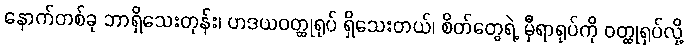
နောက်တစ်ခု ဘာရှိသေးတုန်း၊ ဟဒယဝတ္ထုရုပ် ရှိသေးတယ်၊ စိတ်တွေရဲ့ မှီရာရုပ်ကို ဝတ္ထုရုပ်လို့